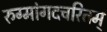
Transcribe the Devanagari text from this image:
रुग्मांगदचरितम्